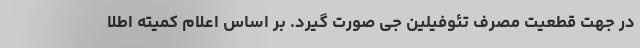
در جهت قطعیت مصرف تئوفیلین جی صورت گیرد. بر اساس اعلام کمیته اطلا